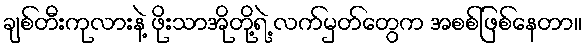
ချစ်တီးကုလားနဲ့ ဖိုးသာအိုတို့ရဲ့ လက်မှတ်တွေက အစစ်ဖြစ်နေတာ။